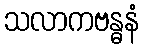
သလာကဗန္ဓနံ